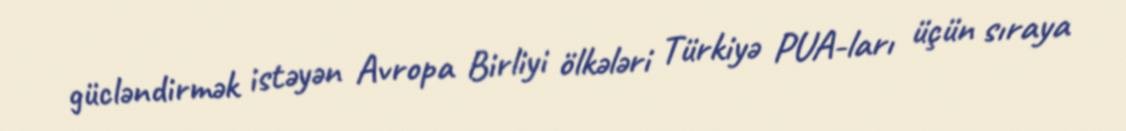
gücləndirmək istəyən Avropa Birliyi ölkələri Türkiyə PUA-ları üçün sıraya